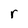
Character: r